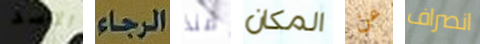
الاسد الرجاء منذ المكان عن انصراف